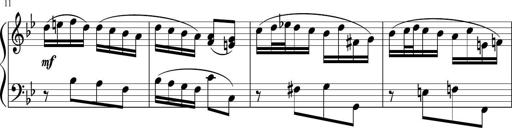
Title: 12 Keyboard Sonatinas
Composer: James Hook